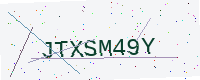
Text: JTXSM49Y